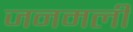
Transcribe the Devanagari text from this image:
जनमली